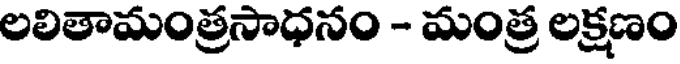
లలితామంత్రసాధనం - మంత్ర లక్షణం